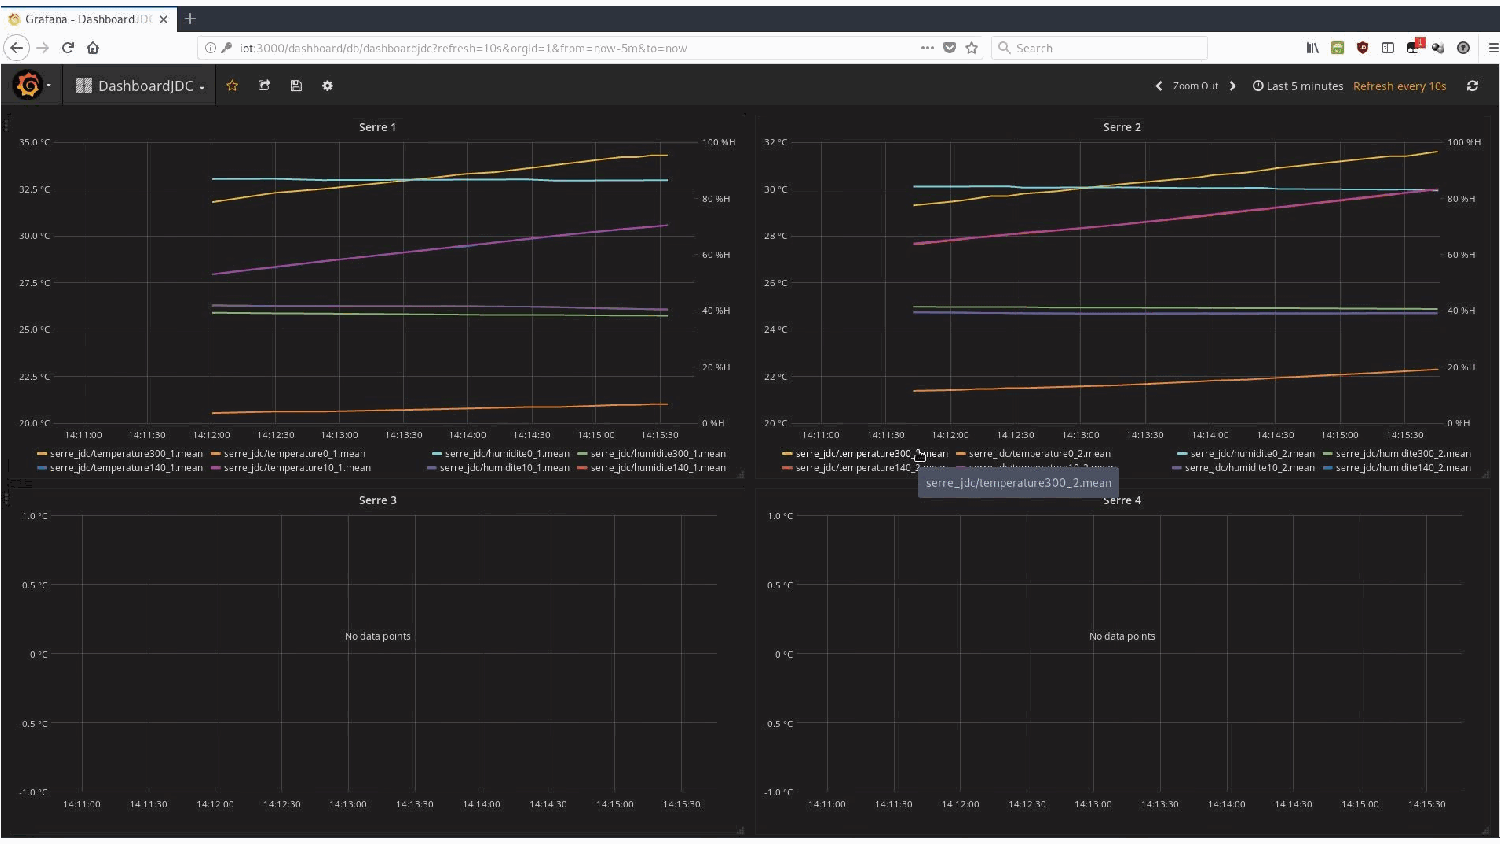
Information           flow
 ●   Modularity   of the installation
 ●   Open   source
 ●
 6